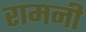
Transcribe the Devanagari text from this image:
रामनी